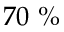
7 0 \ \%